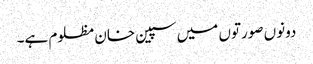
دونوں صورتوں میں سپین خان مظلوم ہے۔